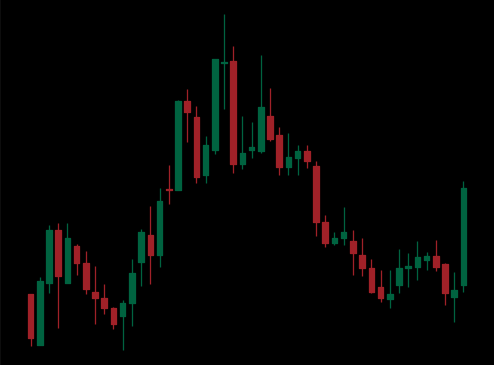
Pattern: head_shoulders